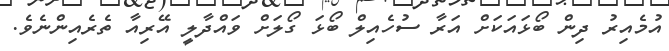
އުމެއިރު ދިން ބޯޅައަކަށް އަރާ ސުހެއިލް ބޯޅަ ގޯލަށް ވައްދާލީ އޭރިއާ ތެރެއިންނެވެ.